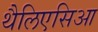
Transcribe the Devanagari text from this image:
थैलिएसिआ